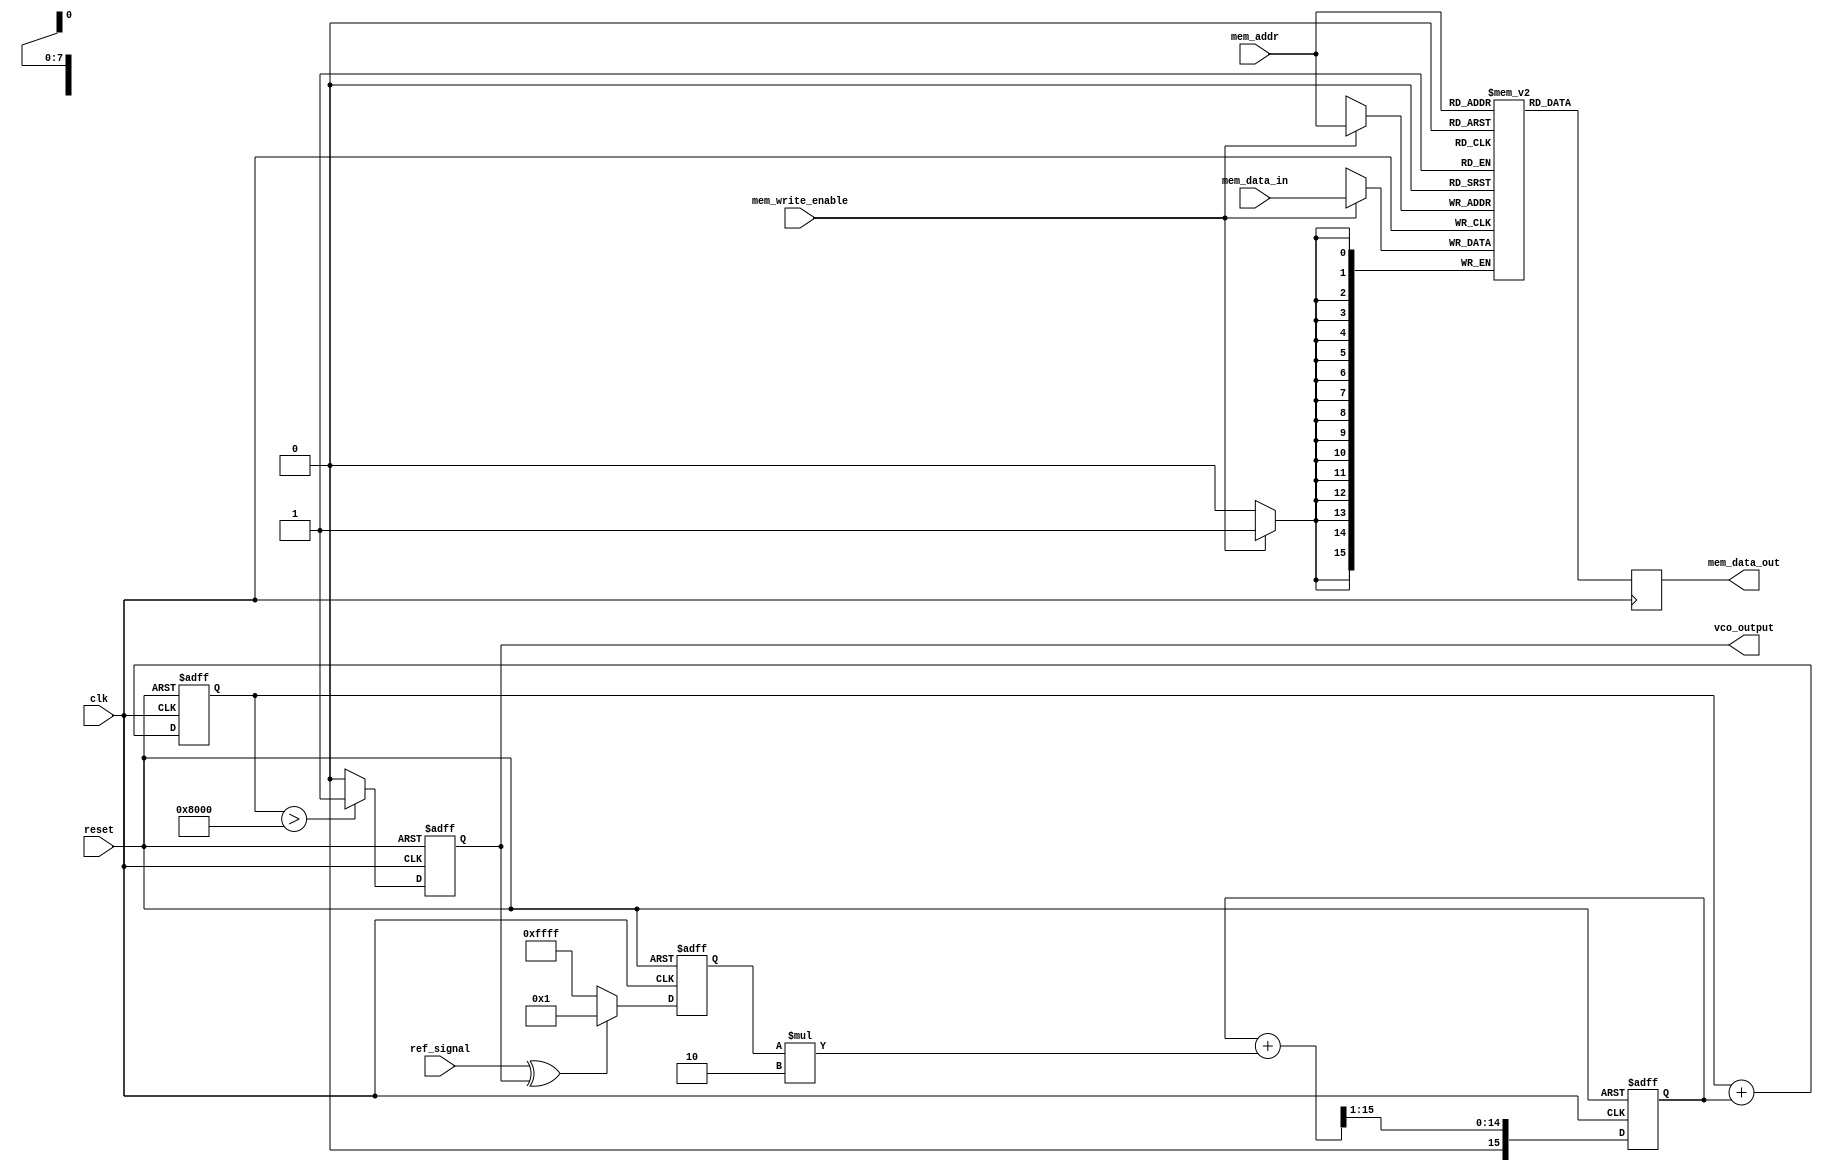
module DPLL (
    input wire clk,                  // System clock
    input wire reset,                // Reset signal
    input wire ref_signal,           // Reference signal
    output reg vco_output,           // Output of the VCO
    input wire [7:0] mem_addr,       // Memory address for parameter access
    input wire mem_write_enable,      // Memory write enable
    input wire [15:0] mem_data_in,   // Data to write to memory
    output reg [15:0] mem_data_out    // Data read from memory
);

// Parameters for the DPLL
parameter PHASE_DETECTOR_GAIN = 8'h01; // Example gain for phase detector
parameter LOOP_FILTER_GAIN = 8'h02;     // Example gain for loop filter

// Memory block (simple RAM implementation)
reg [15:0] memory [0:255]; // 256 x 16-bit memory

// Phase Detector
reg signed [15:0] phase_error; // Phase error signal
always @(posedge clk or posedge reset) begin
    if (reset) begin
        phase_error <= 0;
    end else begin
        // Simple phase detector logic (XOR for demonstration)
        phase_error <= (ref_signal ^ vco_output) ? PHASE_DETECTOR_GAIN : -PHASE_DETECTOR_GAIN;
    end
end

// Loop Filter
reg signed [15:0] filtered_error; // Filtered error signal
always @(posedge clk or posedge reset) begin
    if (reset) begin
        filtered_error <= 0;
    end else begin
        // Simple first-order loop filter (IIR filter)
        filtered_error <= (filtered_error + (phase_error * LOOP_FILTER_GAIN)) >> 1; // Simple averaging
    end
end

// Voltage-Controlled Oscillator (VCO)
reg [15:0] vco_frequency; // VCO frequency control
always @(posedge clk or posedge reset) begin
    if (reset) begin
        vco_frequency <= 16'h0000; // Reset frequency
        vco_output <= 0;
    end else begin
        // Update VCO frequency based on filtered error
        vco_frequency <= vco_frequency + filtered_error;
        // Generate VCO output (simple square wave for demonstration)
        vco_output <= (vco_frequency > 16'h8000) ? 1'b1 : 1'b0;
    end
end

// Memory Block Access
always @(posedge clk) begin
    if (mem_write_enable) begin
        memory[mem_addr] <= mem_data_in; // Write data to memory
    end
    mem_data_out <= memory[mem_addr]; // Read data from memory
end

endmodule